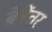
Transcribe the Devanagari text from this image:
ब्रेबेंतर